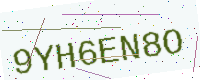
Text: 9YH6EN8O